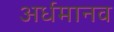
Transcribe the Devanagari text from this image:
अर्धमानव